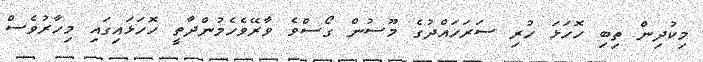
މިކުދިން ތިބި ހޮހަޅަ ހުރި ސަރަހައްދުގެ މޫސުން ގޯސްވެ ވާރޭވެހެމުންދާތީ ހޮހަޅައިގައި މިހާރުވެސް